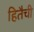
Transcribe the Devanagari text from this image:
हितैची